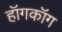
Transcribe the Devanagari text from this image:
हॉगकॉग